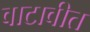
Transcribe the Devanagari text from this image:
वाटावीत